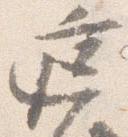
庭